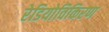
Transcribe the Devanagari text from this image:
रेडियोविकिरण